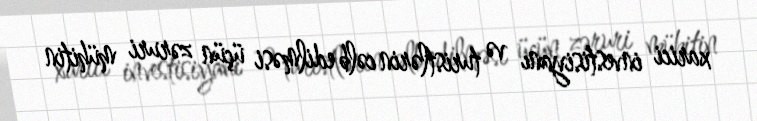
xarici investisiyanı və turistlərin cəlb edilməsi üçün zəruri mühitin